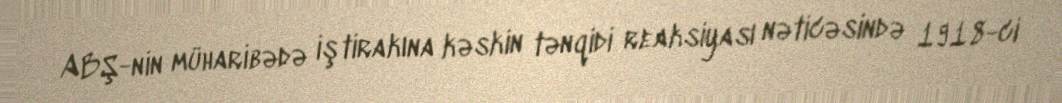
ABŞ-nin müharibədə iştirakına kəskin tənqidi reaksiyası nəticəsində 1918-ci